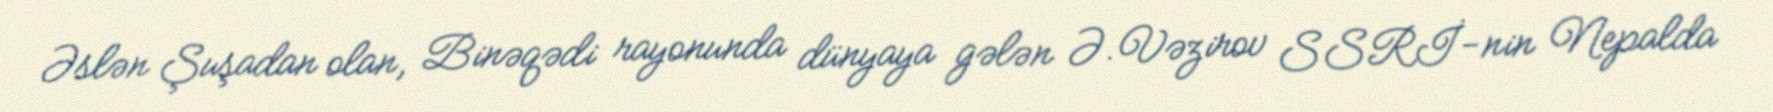
Əslən Şuşadan olan, Binəqədi rayonunda dünyaya gələn Ə.Vəzirov SSRİ-nin Nepalda